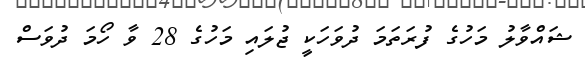
ޝައްވާލު މަހުގެ ފުރަތަމަ ދުވަހަކީ ޖުލައި މަހުގެ 28 ވާ ހޯމަ ދުވަސް